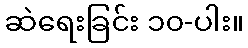
ဆဲရေးခြင်း ၁၀-ပါး။